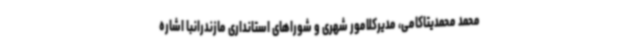
محمد محمدیتاکامی، مدیرکلامور شهری و شوراهای استانداری مازندرانبا اشاره